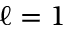
\ell = 1